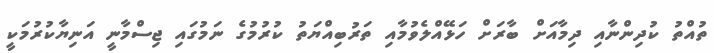
ތުއްތު ކުދިންނާއި ދިމާއަށް ބާރަށް ހަޅޭއްލެވުމާއި ތަރުބިއްޔަތު ކުރުމުގެ ނަމުގައި ޖިސްމާނީ އަނިޔާކުރުމަކީ